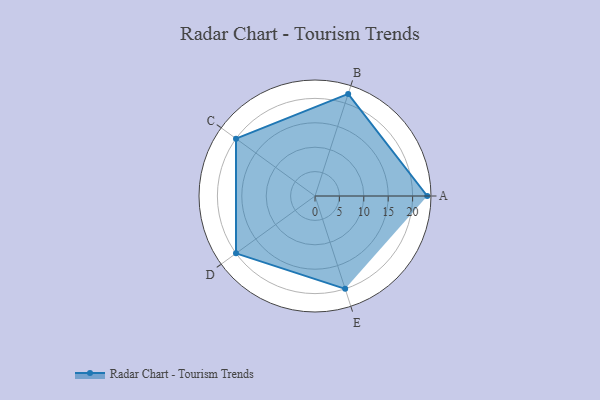
{"axis": {"x": "Skill", "y": "Score"}, "legend": ["Profile"], "data": [{"x": "A", "y": 23.0, "type": "Profile"}, {"x": "B", "y": 22.0, "type": "Profile"}, {"x": "C", "y": 20, "type": "Profile"}, {"x": "D", "y": 20, "type": "Profile"}, {"x": "E", "y": 20, "type": "Profile"}]}